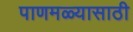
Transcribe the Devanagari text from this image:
पाणमळ्यासाठी